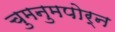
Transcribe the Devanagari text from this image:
चुमनुमपोर्न